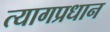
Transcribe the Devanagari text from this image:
त्यागप्रधान